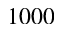
1 0 0 0